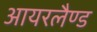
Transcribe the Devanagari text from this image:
आयरलैण्‍ड